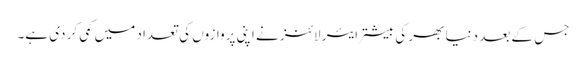
جس کے بعد دنیا بھر کی بیشتر ایئر لائنز نے اپنی پروازوں کی تعداد میں کمی کر دی ہے۔